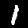
Label: 1